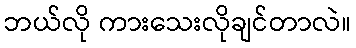
ဘယ်လို ကားသေးလိုချင်တာလဲ။